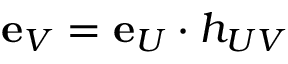
{ \mathbf { e } } _ { V } = { \mathbf { e } } _ { U } \cdot h _ { U V }